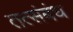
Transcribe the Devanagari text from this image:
तत्संबंध